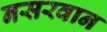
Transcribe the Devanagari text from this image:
नसरवान